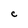
Character: C